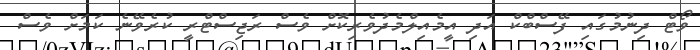
ވޯޓް ދިނުމުގައި ފޭސްބްކް އަދި އީމެއިލްމެދުވެރިކޮށް ވެސް ރަޖިސްޓްރީ ކުރެވޭނެ ކަމަށް ވެސް